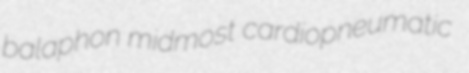
balaphon midmost cardiopneumatic